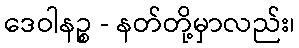
ဒေဝါနဉ္စ - နတ်တို့မှာလည်း၊